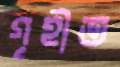
গৃহীত